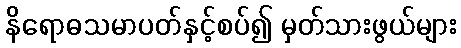
နိရောဓသမာပတ်နှင့်စပ်၍ မှတ်သားဖွယ်များ